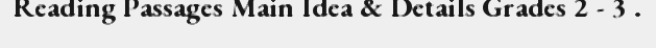
Reading Passages Main Idea & Details Grades 2 - 3 .